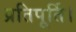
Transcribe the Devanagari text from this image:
प्रतिपूर्ति।